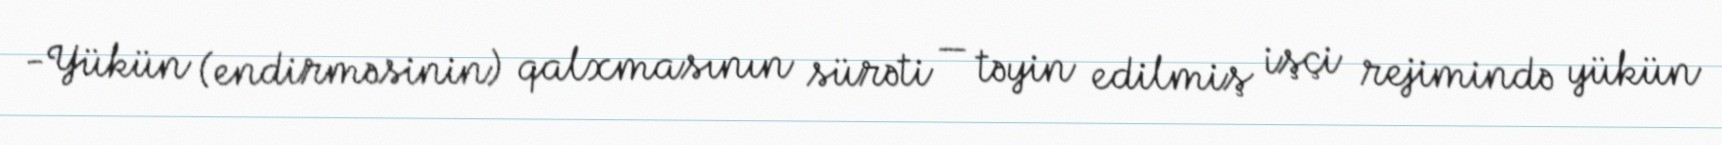
-Yükün (endirməsinin) qalxmasının sürəti — təyin edilmiş işçi rejimində yükün